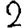
Digit: 2